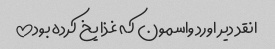
انقد دیر اورد واسمون که غذا یخ کرده بود!!